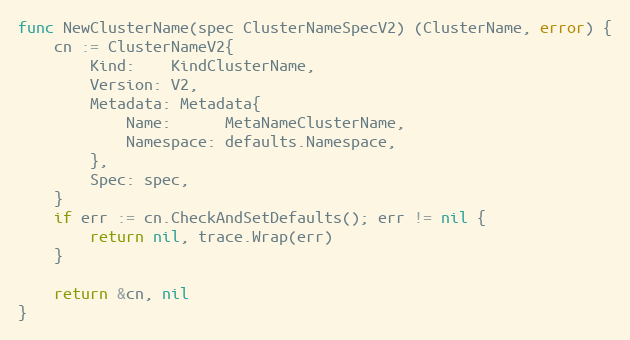
Language: Go
func NewClusterName(spec ClusterNameSpecV2) (ClusterName, error) {
	cn := ClusterNameV2{
		Kind:    KindClusterName,
		Version: V2,
		Metadata: Metadata{
			Name:      MetaNameClusterName,
			Namespace: defaults.Namespace,
		},
		Spec: spec,
	}
	if err := cn.CheckAndSetDefaults(); err != nil {
		return nil, trace.Wrap(err)
	}

	return &cn, nil
}